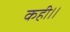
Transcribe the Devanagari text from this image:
कही।।